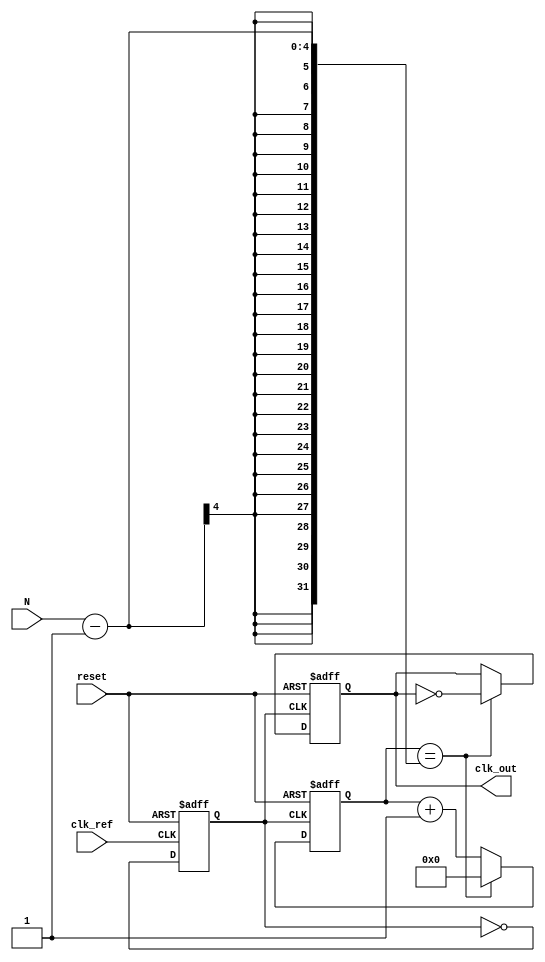
module integer_n_pll (
    input wire clk_ref,          // Reference clock input
    input wire reset,            // Reset signal
    input wire [3:0] N,          // Division factor (programmable)
    output reg clk_out           // Output clock
);

// Internal signals
reg up, down;
reg [7:0] charge_pump_output; // Control voltage from charge pump
reg [7:0] loop_filter_output;  // Filtered control voltage
reg [7:0] vco_output;          // VCO output frequency
reg [3:0] divider_count;       // Divider count
reg [3:0] divider;             // Divider value
reg vco_clk;                   // VCO clock signal
reg locked;                    // PLL locked status

// Phase Frequency Detector (PFD)
always @(posedge clk_ref or posedge reset) begin
    if (reset) begin
        up <= 0;
        down <= 0;
    end else begin
        // PFD logic (simplified)
        if (clk_out) begin
            up <= 1;
            down <= 0;
        end else begin
            up <= 0;
            down <= 1;
        end
    end
end

// Charge Pump (CP)
always @(posedge clk_ref or posedge reset) begin
    if (reset) begin
        charge_pump_output <= 8'b0;
    end else begin
        if (up) begin
            charge_pump_output <= charge_pump_output + 1; // Increase control voltage
        end else if (down) begin
            charge_pump_output <= charge_pump_output - 1; // Decrease control voltage
        end
    end
end

// Loop Filter (LF)
always @(posedge clk_ref or posedge reset) begin
    if (reset) begin
        loop_filter_output <= 8'b0;
    end else begin
        // Simple first-order filter
        loop_filter_output <= (loop_filter_output + charge_pump_output) >> 1; // Averaging
    end
end

// Voltage-Controlled Oscillator (VCO)
always @(posedge clk_ref or posedge reset) begin
    if (reset) begin
        vco_output <= 8'b0;
        vco_clk <= 0;
    end else begin
        // VCO output frequency proportional to control voltage
        vco_output <= loop_filter_output; // Simplified VCO output
        vco_clk <= ~vco_clk; // Toggle VCO clock
    end
end

// Divider (N-divider)
always @(posedge vco_clk or posedge reset) begin
    if (reset) begin
        divider_count <= 0;
        clk_out <= 0;
    end else begin
        if (divider_count == N - 1) begin
            clk_out <= ~clk_out; // Toggle output clock
            divider_count <= 0;   // Reset counter
        end else begin
            divider_count <= divider_count + 1; // Increment counter
        end
    end
end

// Lock detection logic (simplified)
always @(posedge clk_ref or posedge reset) begin
    if (reset) begin
        locked <= 0;
    end else begin
        // Simple lock detection (not fully implemented)
        if (up == 0 && down == 0) begin
            locked <= 1; // Assume locked if no up/down signals
        end else begin
            locked <= 0;
        end
    end
end

endmodule